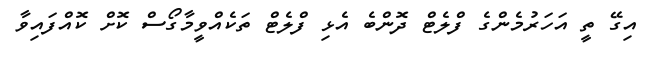
އިގޭ ތީ އަހަރުމެންގެ ފްލެޓް ދޮންބެ އެޅި ފްލެޓް ތަކެއްވީމާގޯސް ކޮށް ކޮއްފައިވާ